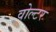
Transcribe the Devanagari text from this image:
वोल्टर